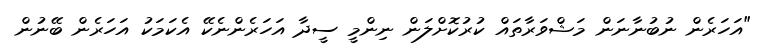
"އަހަރެން ނުބުނާނަން މަޝްވަރާތައް ކުރުކޮށްލަން ނިންމީ ސީދާ އަހަރެންނެކޭ އެކަމަކު އަހަރެން ބޭނުން